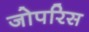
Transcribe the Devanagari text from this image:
जोपरिस